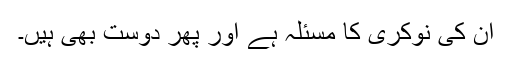
ان کی نوکری کا مسئلہ ہے اور پھر دوست بھی ہیں۔